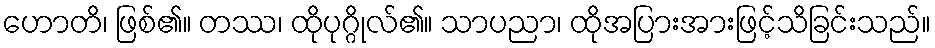
ဟောတိ၊ ဖြစ်၏။ တဿ၊ ထိုပုဂ္ဂိုလ်၏။ သာပညာ၊ ထိုအပြားအားဖြင့်သိခြင်းသည်။